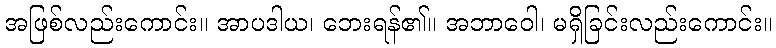
အဖြစ်လည်းကောင်း။ အာပဒါယ၊ ဘေးရန်၏။ အဘာဝေါ၊ မရှိခြင်းလည်းကောင်း။